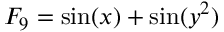
F _ { 9 } = \sin ( x ) + \sin ( y ^ { 2 } )